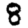
Digit: 8